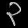
Digit: ၃